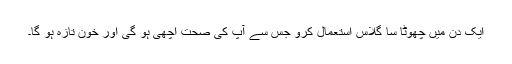
ایک دن میں چھوٹا سا گلاس استعمال کرو جس سے آپ کی صحت اچھی ہو گی اور خون تازہ ہو گا۔